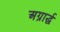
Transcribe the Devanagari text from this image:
अग्रार्द्ध